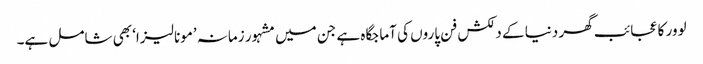
لوور کا عجائب گھر دنیا کے دلکش فن پاروں کی آماجگاہ ہے جن میں مشہور زمانہ ’مونا لیزا‘ بھی شامل ہے۔